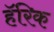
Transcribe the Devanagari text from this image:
हॅरिक